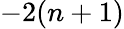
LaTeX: -2(n+1)